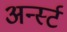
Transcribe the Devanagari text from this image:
अर्न्‍स्ट